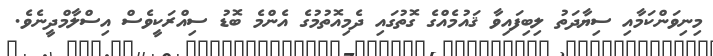
މިނިވަންކަމާއި ސިޔާދަތު ލިބިފައިވާ ޤައުމެއްގެ ގޮތުގައި ދެމިއޮތުމުގެ އެންމެ ބޮޑު ސިއްރަކީވެސް އިސްލާމްދީނެވެ.